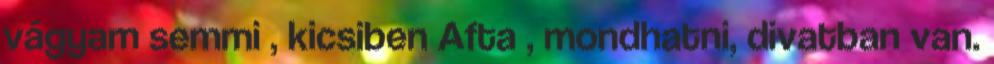
vágyam semmi , kicsiben Afta , mondhatni, divatban van.